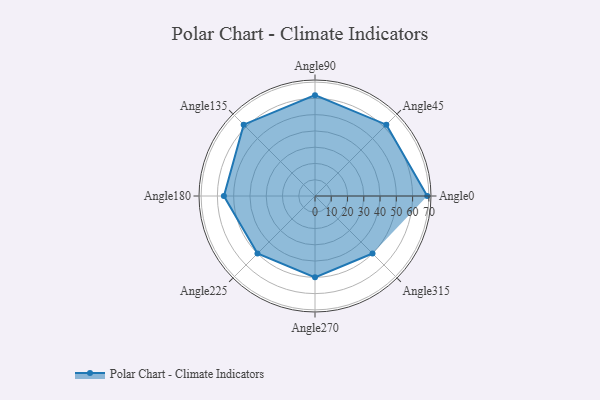
{"axis": {"x": "Angle", "y": "Radius"}, "legend": [""], "data": [{"x": "Angle0", "y": 69.0, "type": ""}, {"x": "Angle45", "y": 62.0, "type": ""}, {"x": "Angle90", "y": 62.0, "type": ""}, {"x": "Angle135", "y": 62.0, "type": ""}, {"x": "Angle180", "y": 56.0, "type": ""}, {"x": "Angle225", "y": 50, "type": ""}, {"x": "Angle270", "y": 50, "type": ""}, {"x": "Angle315", "y": 50, "type": ""}]}